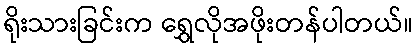
ရိုးသားခြင်းက ရွှေလိုအဖိုးတန်ပါတယ်။